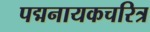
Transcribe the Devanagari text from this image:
पद्मनायकचरित्र